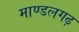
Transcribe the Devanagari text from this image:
माण्डलगढ़